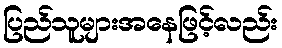
ပြည်သူများအနေဖြင့်လည်း